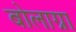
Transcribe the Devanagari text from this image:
बोलाग्ना